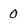
Character: 0